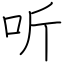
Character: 听